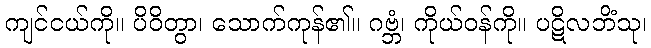
ကျင်ငယ်ကို။ ပိဝိတွာ၊ သောက်ကုန်၏။ ဂဗ္ဘံ၊ ကိုယ်ဝန်ကို။ ပဋိလဘိံသု၊